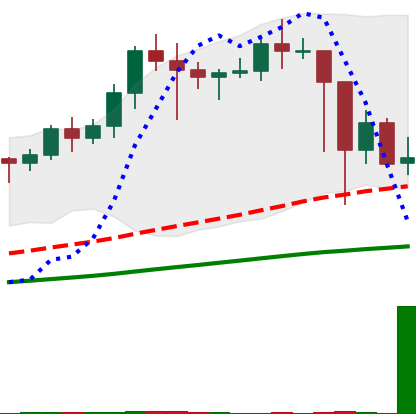
Ticker: LINK-USD
Chart end date: 2021-02-26
Forward return: 19.068%
Label: up_7plus